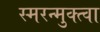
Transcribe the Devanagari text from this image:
स्मरन्मुक्त्वा